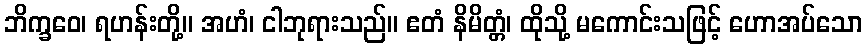
ဘိက္ခဝေ၊ ရဟန်းတို့။ အဟံ၊ ငါဘုရားသည်။ ဧတံ နိမိတ္တံ၊ ထိုသို့ မကောင်းသဖြင့် ဟောအပ်သော